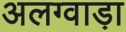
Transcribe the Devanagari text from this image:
अलग्वाड़ा